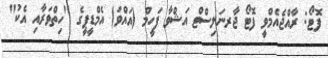
ފޮޓޯ: ރާއްޖެއެމްވީ ފޮޓޯ ޖާރނަލިސްޓް އަޝްވާ ފަހީމް (އައްވަ) އެމްޑީޕީގެ "ހިތްވަރާއި އެކު"